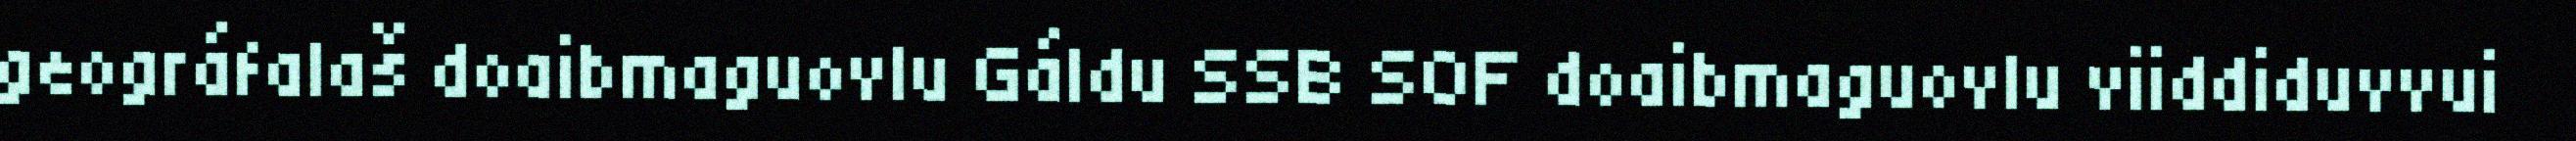
geográfalaš doaibmaguovlu Gáldu SSB SOF doaibmaguovlu viiddiduvvui